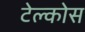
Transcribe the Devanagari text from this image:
टेल्कोस